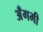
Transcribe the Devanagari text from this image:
अँगमी